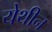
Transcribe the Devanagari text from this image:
येथीन